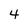
Character: 4